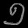
Digit: ၅